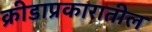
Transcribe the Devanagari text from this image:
क्रीडाप्रकारातील